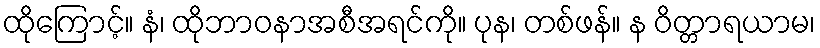
ထိုကြောင့်။ နံ၊ ထိုဘာဝနာအစီအရင်ကို။ ပုန၊ တစ်ဖန်။ န ဝိတ္တာရယာမ၊